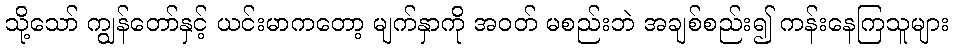
သို့သော် ကျွန်တော်နှင့် ယင်းမာကတော့ မျက်နှာကို အဝတ် မစည်းဘဲ အချစ်စည်း၍ ကန်းနေကြသူများ